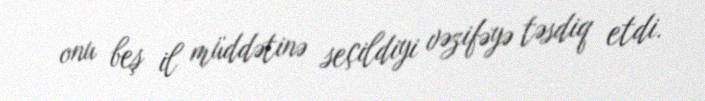
onu beş il müddətinə seçildiyi vəzifəyə təsdiq etdi.